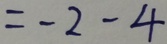
= - 2 - 4